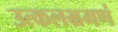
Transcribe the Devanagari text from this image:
उत्कलभ्रमणं